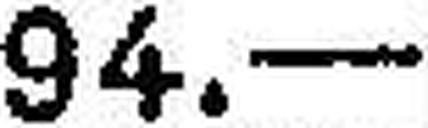
94.—